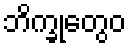
ဘိက္ခုတွေဝ